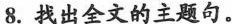
8.找出全文的主题句.